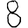
Digit: 8